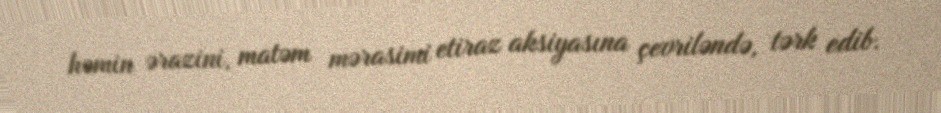
həmin ərazini, matəm mərasimi etiraz aksiyasına çevriləndə, tərk edib.